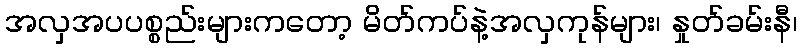
အလှအပပစ္စည်းများကတော့ မိတ်ကပ်နဲ့အလှကုန်များ၊ နှုတ်ခမ်းနီ၊